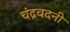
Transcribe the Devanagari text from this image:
चंद्रवदनी